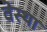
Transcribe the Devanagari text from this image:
वेस्था